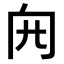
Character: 𠕍